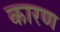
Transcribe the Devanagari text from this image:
कारण